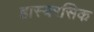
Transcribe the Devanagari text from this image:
हास्यरसिक